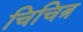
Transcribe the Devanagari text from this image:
चिचित्र